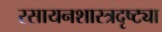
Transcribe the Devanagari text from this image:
रसायनशास्त्रदृष्ट्या